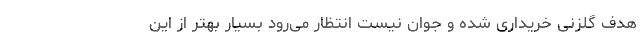
هدف گلزنی خریداری شده و جوان نیست انتظار می‌رود بسیار بهتر از این